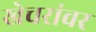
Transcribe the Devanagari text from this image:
खेचरांवर